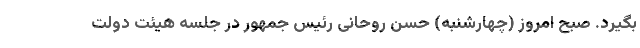
بگیرد. صبح امروز (چهارشنبه) حسن روحانی رئیس جمهور در جلسه هیئت دولت